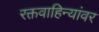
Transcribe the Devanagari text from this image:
रक्तवाहिन्यांवर